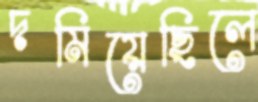
দমিয়েছিলে